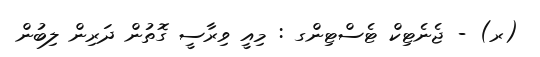
(ރ) - ޖެނެޓިކް ޓެސްޓިންގ : މިއީ ވިރާސީ ގޮތުން ދަރިން ލިބުން